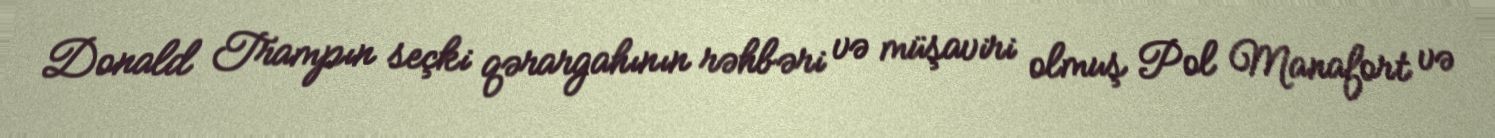
Donald Trampın seçki qərargahının rəhbəri və müşaviri olmuş Pol Manafort və